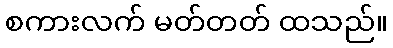
စကားလက် မတ်တတ် ထသည်။